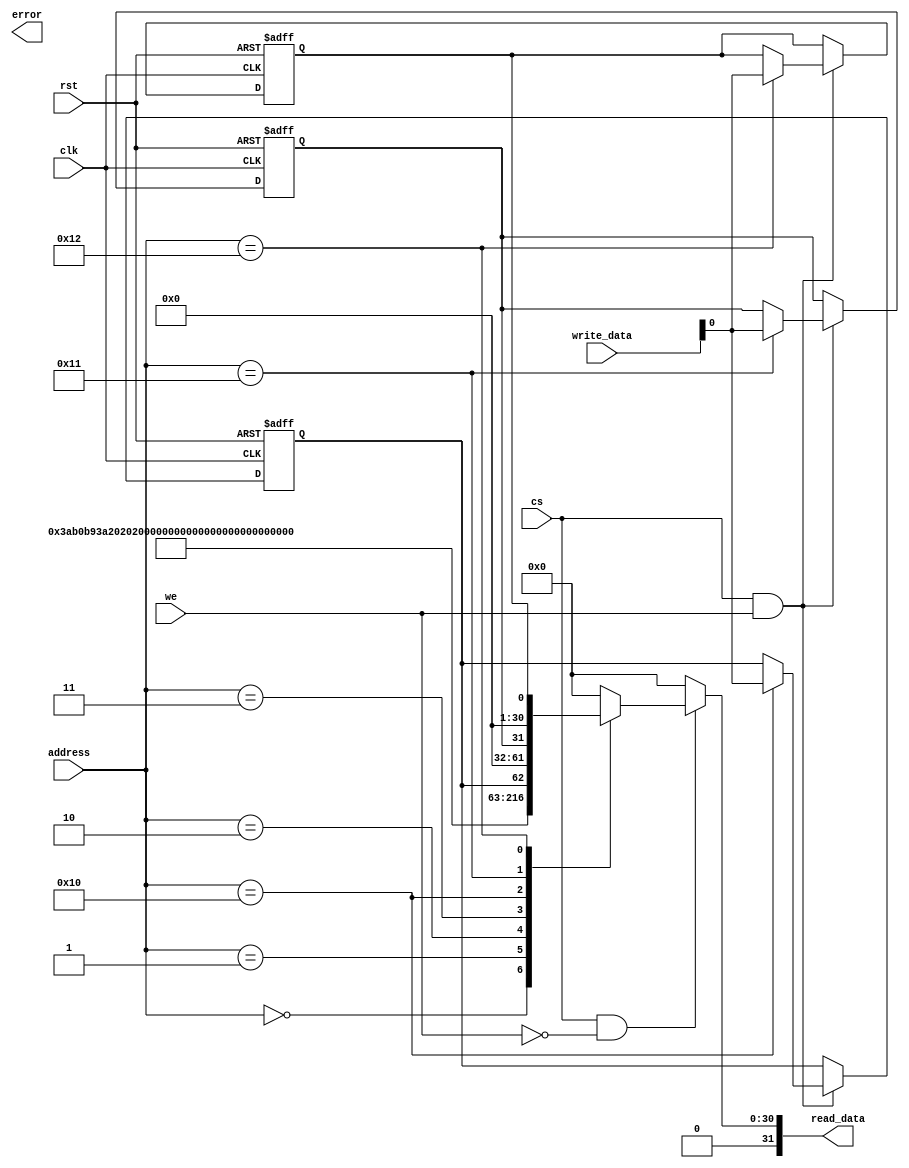
module comm_regs
  (
   input wire           clk,
   input wire           rst,

   input wire           cs,
   input wire           we,

   input wire [ 7 : 0]  address,
   input wire [31 : 0]  write_data,
   output wire [31 : 0] read_data,
   output wire          error
   );

   
   //----------------------------------------------------------------
   // Internal constant and parameter definitions.
   //----------------------------------------------------------------
   // API addresses.
   localparam ADDR_CORE_NAME0   = 8'h00;
   localparam ADDR_CORE_NAME1   = 8'h01;
   localparam ADDR_CORE_TYPE    = 8'h02;
   localparam ADDR_CORE_VERSION = 8'h03;

   localparam ADDR_BIT_RATE     = 8'h10;
   localparam ADDR_DATA_BITS    = 8'h11;
   localparam ADDR_STOP_BITS    = 8'h12;

   // Core ID constants.
   localparam CORE_NAME0   = 32'h75617274;  // "uart"
   localparam CORE_NAME1   = 32'h20202020;  // "    "
   localparam CORE_TYPE    = 32'h20202031;  // "   1"
   localparam CORE_VERSION = 32'h302e3031;  // "0.01"

   // The default bit rate is based on target clock frequency
   // divided by the bit rate times in order to hit the
   // center of the bits. I.e.
   // Clock: 50 MHz, 9600 bps
   // Divisor = 50*10E6 / 9600 = 5208
   localparam DEFAULT_BIT_RATE  = 16'd5208;
   localparam DEFAULT_DATA_BITS = 4'h8;
   localparam DEFAULT_STOP_BITS = 2'h1;
   

   //----------------------------------------------------------------
   // Registers including update variables and write enable.
   //----------------------------------------------------------------
   reg [31: 0]          tmp_read_data;


   //----------------------------------------------------------------
   // Concurrent connectivity for ports etc.
   //----------------------------------------------------------------
   assign read_data = tmp_read_data;
   

   //----------------------------------------------------------------
   // Access Handler
   //----------------------------------------------------------------
   always @ (posedge clk or posedge rst)
     begin
        if (rst)
          begin
             terasic_top.bit_rate  <= DEFAULT_BIT_RATE;
             terasic_top.data_bits <= DEFAULT_DATA_BITS;
             terasic_top.stop_bits <= DEFAULT_STOP_BITS;
          end
        else if (cs && we)
          begin
             // write operations
             case (address)
               ADDR_BIT_RATE:
                 terasic_top.bit_rate <= write_data[15 : 0];
               ADDR_DATA_BITS:
                 terasic_top.data_bits <= write_data[3 : 0];
               ADDR_STOP_BITS:
                 terasic_top.stop_bits <= write_data[1 : 0];
             endcase
          end
     end
   
   always @*
     begin
        tmp_read_data = 32'h00000000;

        if (cs && !we)
          begin
             // read operations
             case (address)
               ADDR_CORE_NAME0:
                 tmp_read_data = CORE_NAME0;
               ADDR_CORE_NAME1:
                 tmp_read_data = CORE_NAME1;
               ADDR_CORE_TYPE:
                 tmp_read_data = CORE_TYPE;
               ADDR_CORE_VERSION:
                 tmp_read_data = CORE_VERSION;
               ADDR_BIT_RATE:
                 tmp_read_data = {16'h0000, terasic_top.bit_rate};
               ADDR_DATA_BITS:
                 tmp_read_data = {28'h0000000, terasic_top.data_bits};
               ADDR_STOP_BITS:
                 tmp_read_data = {30'h0000000, terasic_top.stop_bits};
             endcase
          end
     end

endmodule